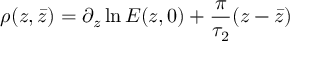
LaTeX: \rho ( z , \bar { z } ) = \partial _ { z } \ln { E ( z , 0 ) } + \frac { \pi } { \tau _ { 2 } } ( z - \bar { z } )